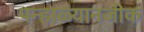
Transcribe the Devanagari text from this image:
पन्हाळ्यानजीक